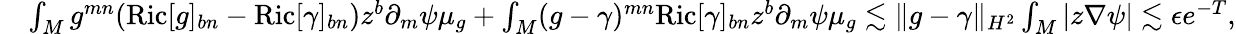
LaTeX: \begin{array}{rl}&{\int_{M}g^{mn}(\mathrm{Ric}[g]_{bn}-\mathrm{Ric}[\gamma]_{bn})z^{b}\partial_{m}\psi\mu_{g}+\int_{M}(g-\gamma)^{mn}\mathrm{Ric}[\gamma]_{bn}z^{b}\partial_{m}\psi\mu_{g}\lesssim\| g-\gamma\| _{H^{2}}\int_{M}|z\nabla\psi|\lesssim\epsilon e^{-T},}\end{array}